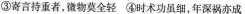
③寄言持重者，微物莫全轻 ④时术功虽细，年深祸亦成